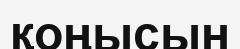
қоңысын